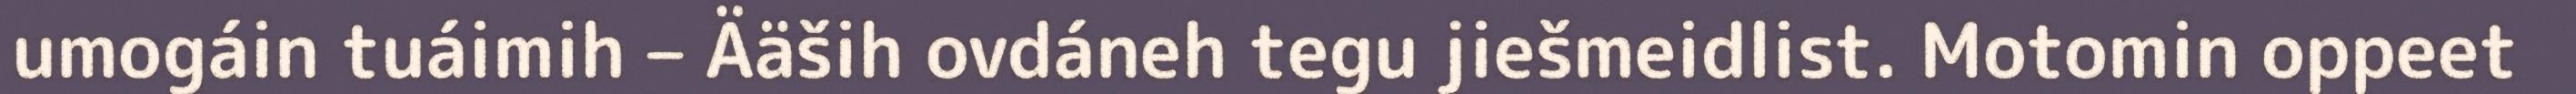
umogáin tuáimih – Ääših ovdáneh tegu jiešmeidlist. Motomin oppeet